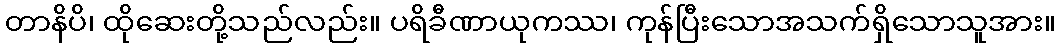
တာနိပိ၊ ထိုဆေးတို့သည်လည်း။ ပရိခီဏာယုကဿ၊ ကုန်ပြီးသောအသက်ရှိသောသူအား။